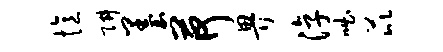
忆阱墨荷畀淳咄芘